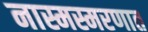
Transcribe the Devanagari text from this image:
नास्मस्मरणात